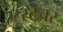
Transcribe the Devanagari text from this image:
स्टेचर